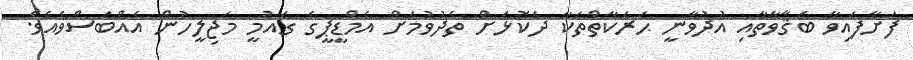
ފަށާފައިވާ ބަޤާވާތާއި އުދުވާނީ ޙަރަކާތްތަކާ ދެކޮޅަށް ތެދުވުމަށް އެމްޑީޕީގެ ގައުމީ މަޖިލީހުން އެއްބަސްވެއެވެ.